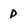
Character: p